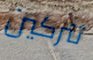
تتركين